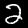
Digit: 2